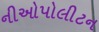
નીઓપોલીટન